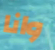
وانا